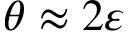
\theta \approx 2 \varepsilon